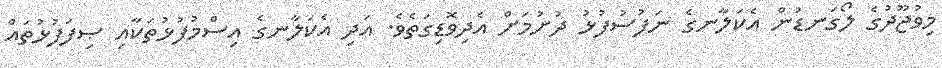
މިވުޖޫދުގެ ލޯގަނޑުން އެކަލާނގެ ނަފުސުފުޅު ދުށުމަށް އެދިވޮޑިގަތެވެ. އަދި އެކަލާނގެ އިސްމުފުޅުތަކާއި ޞިފަފުޅުތައް